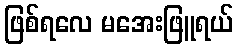
ဖြစ်ရလေ မအေးဖြူရယ်